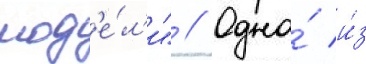
мод'е́л'и" // Одна́ и́з